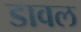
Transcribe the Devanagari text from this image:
डावल